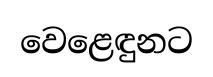
වෙළෙඳුනට